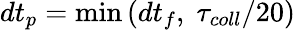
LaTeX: dt_{p}=\operatorname*{min}\left(dt_{f},\; \tau_{coll}/20\right)